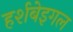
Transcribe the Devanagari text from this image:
हर्शबेइगल